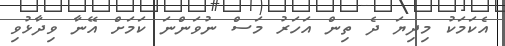
އެކަމަކު މިދިޔަ ދެ ތިން އަހަރު މަސް ނުވަންނަ ކަމަށް އޭނާ ވިދާޅުވި